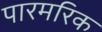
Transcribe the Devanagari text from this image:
पारमरिक